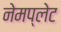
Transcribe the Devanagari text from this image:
नेमप्‍लेट